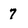
Character: 7